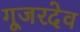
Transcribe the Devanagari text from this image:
गूजरदेव